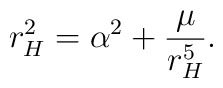
r_{H}^{2}=\alpha ^{2}+\frac{\mu }{r_{H}^{5}}.